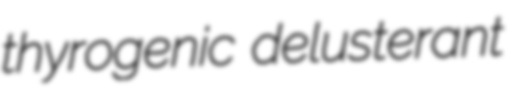
thyrogenic delusterant